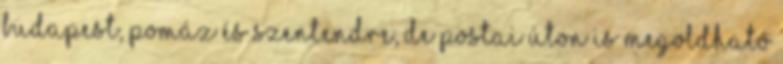
Budapest, Pomáz és Szentendre, de postai úton is megoldható